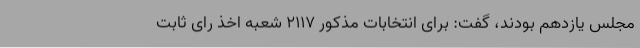
مجلس یازدهم بودند، گفت: برای انتخابات مذکور 2117 شعبه اخذ رای ثابت